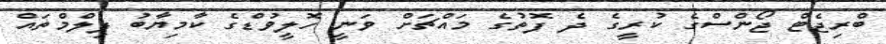
ބްރިޖެޓް ޖޯންސްގެ ކުރީގެ ދެ ފޮތުގެ މައްޗަށް ވަނީ ހޮލީވުޑްގެ ކާމިޔާބު ފިލްމްތައް